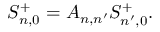
S _ { n , 0 } ^ { + } = { \cal A } _ { n , n ^ { \prime } } S _ { n ^ { \prime } , 0 } ^ { + } .